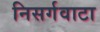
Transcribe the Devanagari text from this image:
निसर्गवाटा